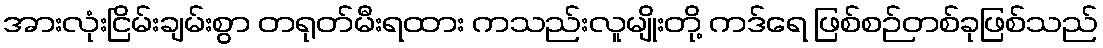
အားလုံးငြိမ်းချမ်းစွာ တရုတ်မီးရထား ကသည်းလူမျိုးတို့ ကဒ်ရေ ဖြစ်စဉ်တစ်ခုဖြစ်သည်